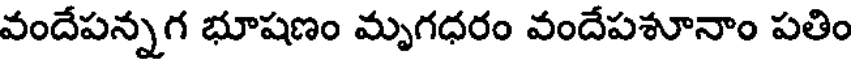
వందేపన్నగ భూషణం మృగధరం వందేపశూనాం పతిం